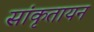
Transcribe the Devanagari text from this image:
सांकृतायन